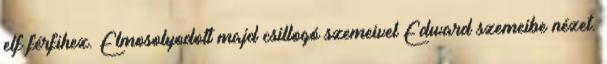
elf férfihez. Elmosolyodott majd csillogó szemeivel Edward szemeibe nézet.